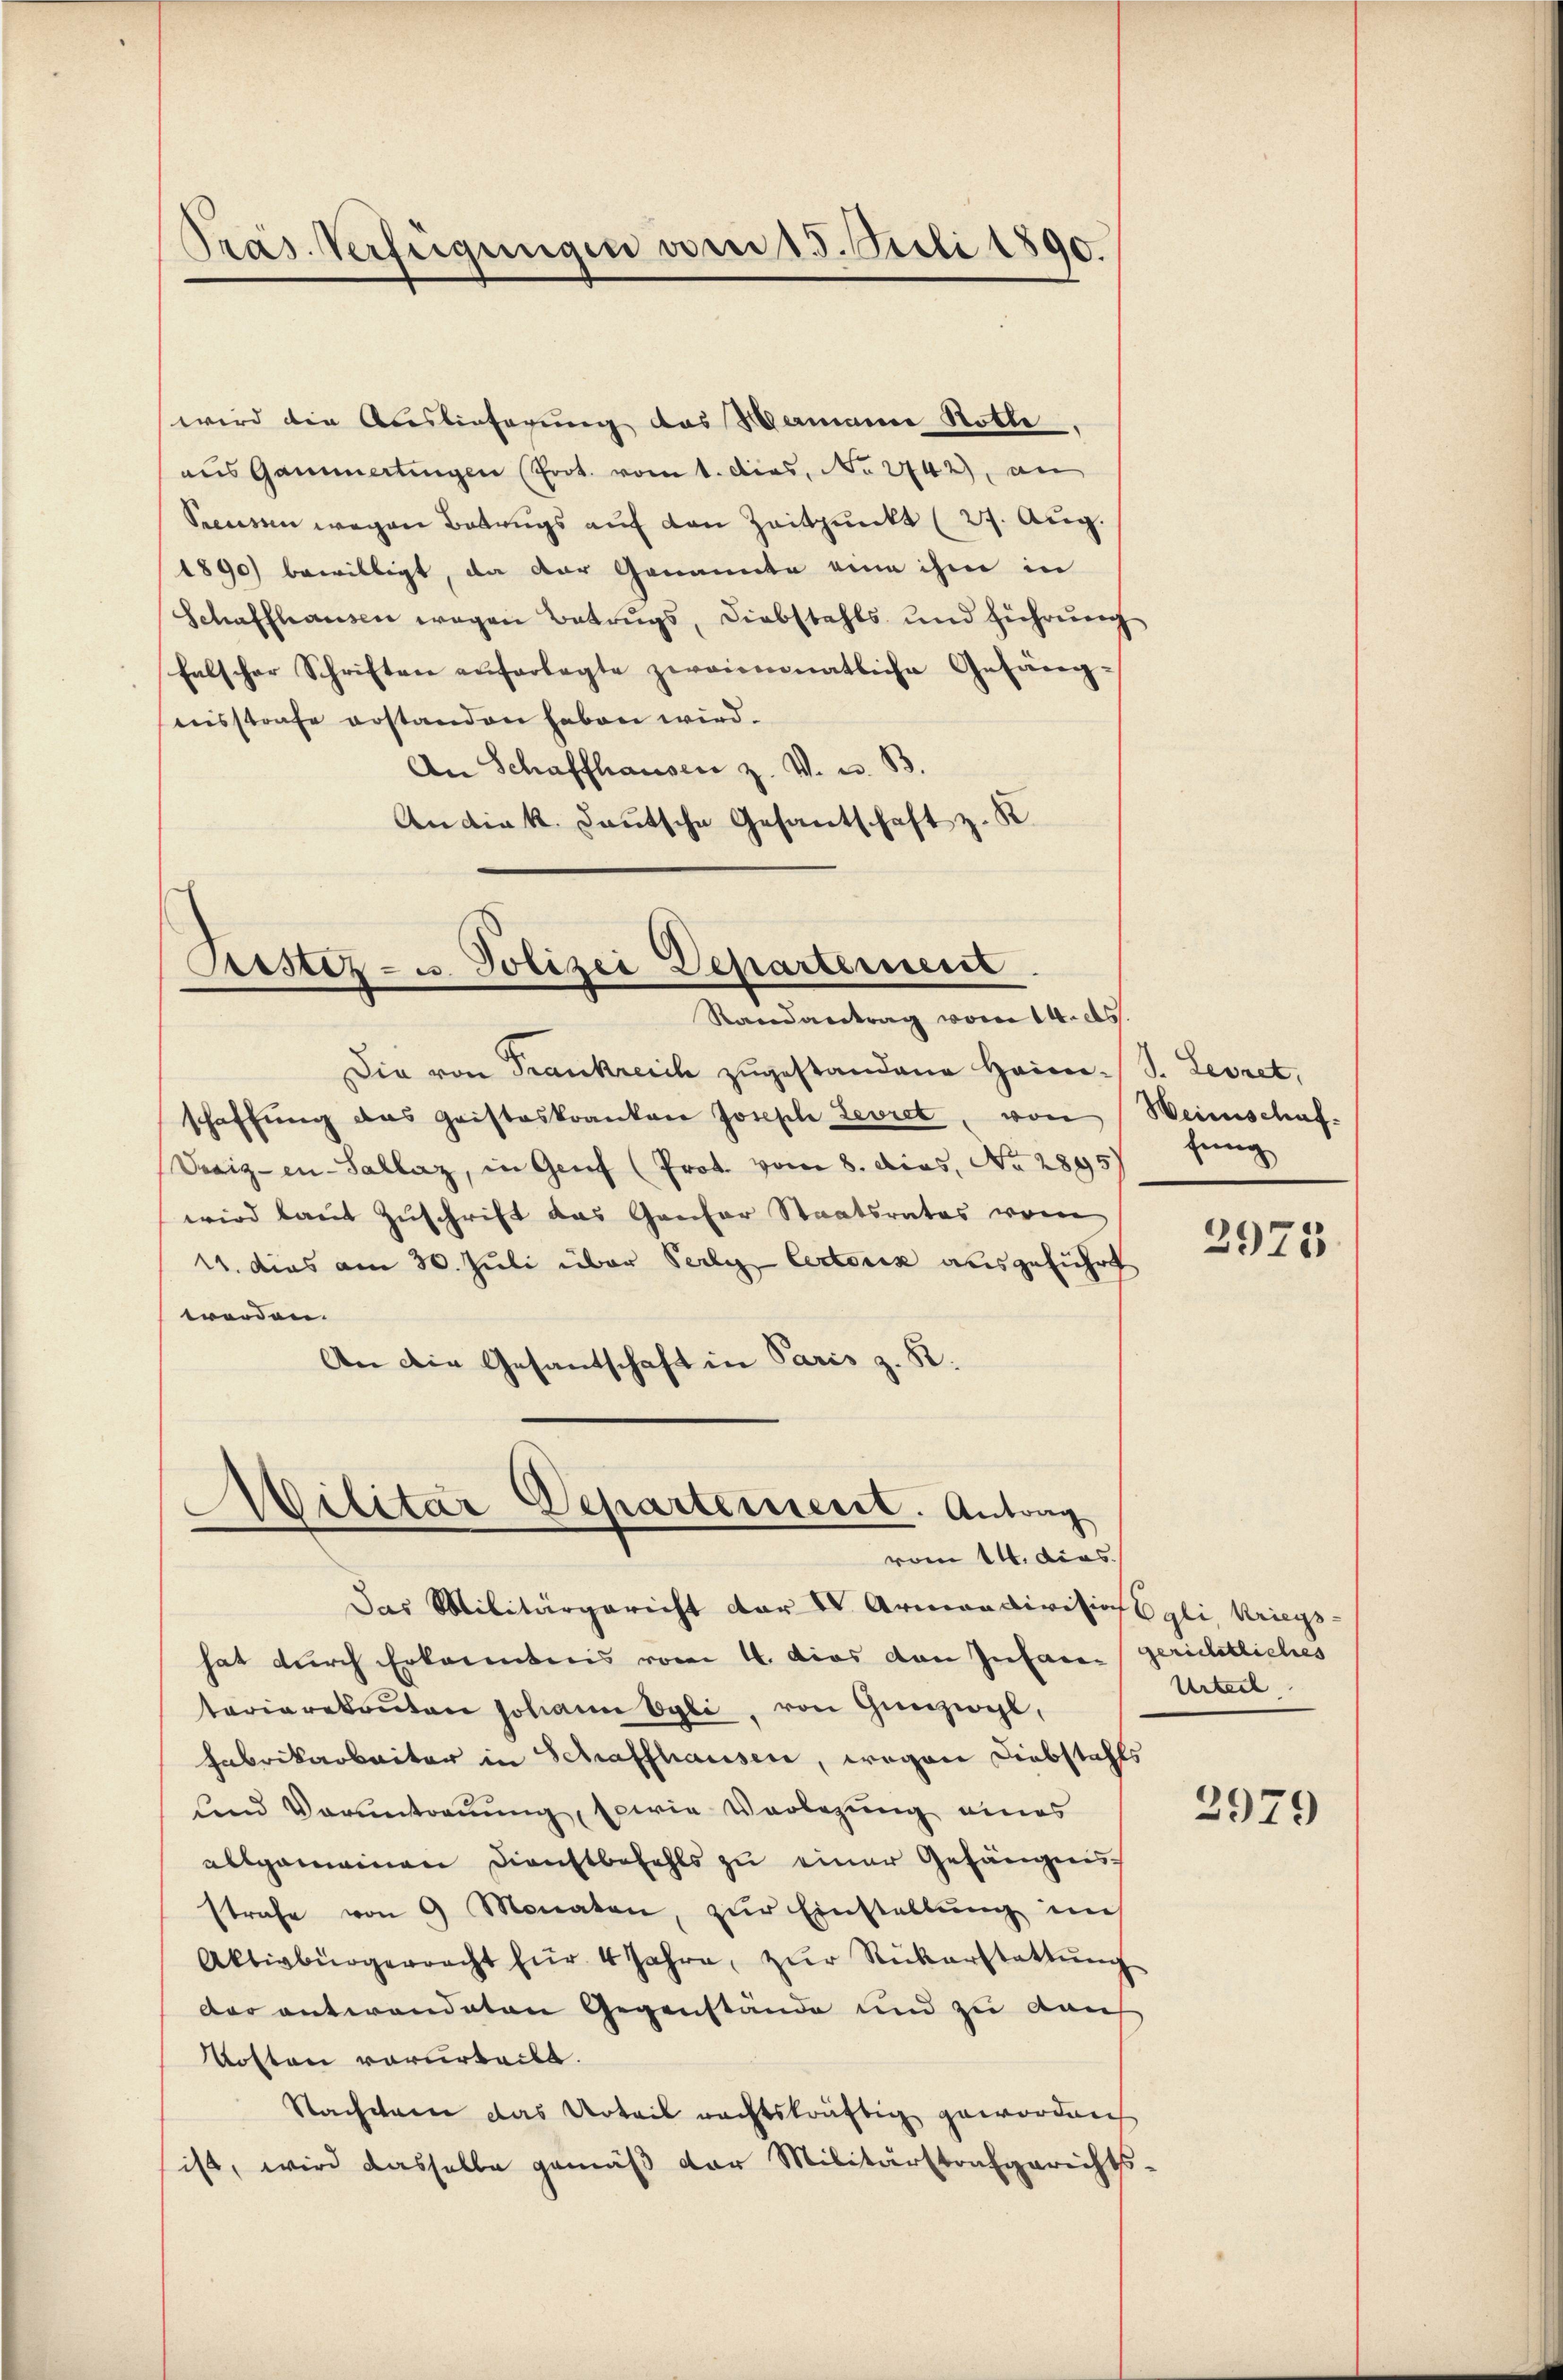
Präs. Verfügungen vom 15. Juli 1890.

wird die Auslieferung des Mamann Rotte
aus Gammertingen Prot. vom 1. dies, No 2742), an
Secessen wegen Betrugs aŭf den Zeitpunkt (27. Aŭg.
1890 bewilligt, da der Genannte eine ihm in
Schaffhausen wegen Betrugs, Diebstahls und führŭng
falscher Schriften auferlegte zweimonatliche Gefäng-
nisstrafe erstanden haben wird.
An Schaffhauser z. V. u. B.
Andia k. Lautsche Gesantschaft z. R.

Cristiz- u. Polizei Departement
Randantrag vom 14. ds.

Die von Trankreich zugestandene Heim. S. Leoret,
schaffŭng das Geisteskrankare Joseph Leoret von
Vevig-en-Sallaz, in Genf (Prot. vom 8. dies, No 2895)
wird laut Zuschrift das Gantor Staatsrates von
11. dies am 30. Juli über Perly Certorik ausgeführt
werden.
An die Gesandschaft in Paris z. R.

I
Wilitär Departement. Antrag
vom 14. dies

Weinschaffung

Das Militärgericht dar IV Armandivision gli Kriegs-
hat durch Erkanntnis vom 4. das den Infaren gerichtliches
terierekruten Johann Egli, von Gunzwyl,
Fabrikarbeiter in Schaffhausen, wegen Diebstahls
fend Voruntreuung, sowie Vorlegung eines
allgemeinen Dienstbefehls zu einer Gefängnis
strafe von 9 Monaten, zŭr Einstellŭng im
Aktivbürgerracht für 4 Jahre, zŭr Rükerstattŭng
der entwendeten Gegenstände und zu kauf
Kosten vorurteilt.
Nachten das Urteil rechtskräftig geworden
ist, wird dasselbe gemäß der Militärstrafgerichts-

2975.

Urteil

2979